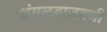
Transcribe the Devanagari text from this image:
अंमलबाजवणी